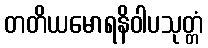
တတိယမောရနိဝါပသုတ္တံ